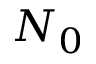
N _ { 0 }